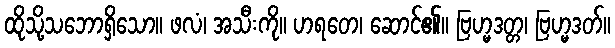
ထိုသို့သဘောရှိသော။ ဖလံ၊ အသီးကို။ ဟရတေ၊ ဆောင်၏။ ဗြဟ္မဒတ္တ၊ ဗြဟ္မဒတ်။